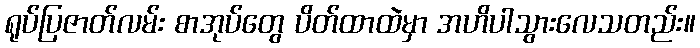
ရုပ်ပြဇာတ်လမ်း စာအုပ်တွေ ပိတ်ထာထဲမှာ အဟိပါသွားလေသတည်း။